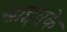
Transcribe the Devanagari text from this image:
खाईतके